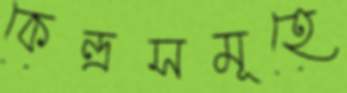
কেন্দ্রসমূহে